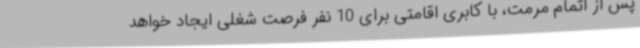
پس از اتمام مرمت، با کابری اقامتی برای 10 نفر فرصت شغلی ایجاد خواهد